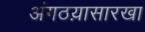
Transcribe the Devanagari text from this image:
अंगठय़ासारखा